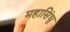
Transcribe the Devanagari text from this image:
महासिंधु